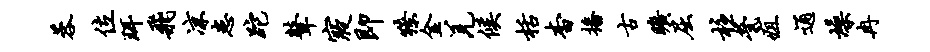
蓉位珥飞凉患跎鼙寝即獠金羌候栝杳播古旷屈柱茕疽通燥冉